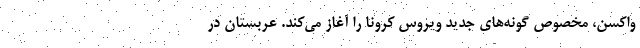
واکسن، مخصوص گونه‌های جدید ویروس کرونا را آغاز می‌کند. عربستان در